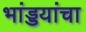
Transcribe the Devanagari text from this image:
भांड्डयांचा